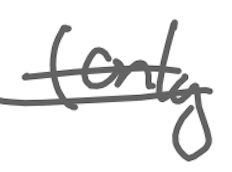
Text: (only
Cross-out: double-line
Writing tool: digital_gray